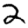
Digit: 2